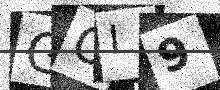
Text: GOI9